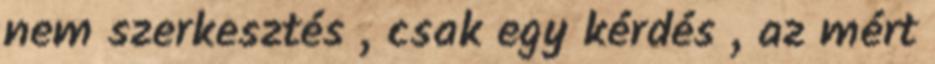
nem szerkesztés , csak egy kérdés , az mért